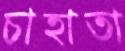
চাহাতা